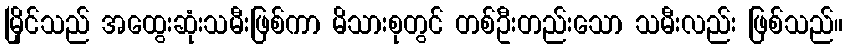
မြိုင်သည် အထွေးဆုံးသမီးဖြစ်ကာ မိသားစုတွင် တစ်ဦးတည်းသော သမီးလည်း ဖြစ်သည်။